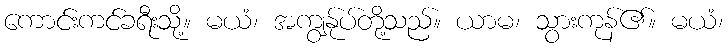
ကောင်းကင်ခရီးသို့။ မယံ၊ အကျွန်ုပ်တို့သည်။ ယာမ၊ သွားကုန်၏။ မယံ၊